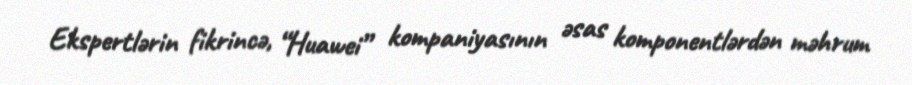
Ekspertlərin fikrincə, “Huawei” kompaniyasının əsas komponentlərdən məhrum